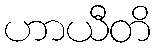
ဟာယီတိ